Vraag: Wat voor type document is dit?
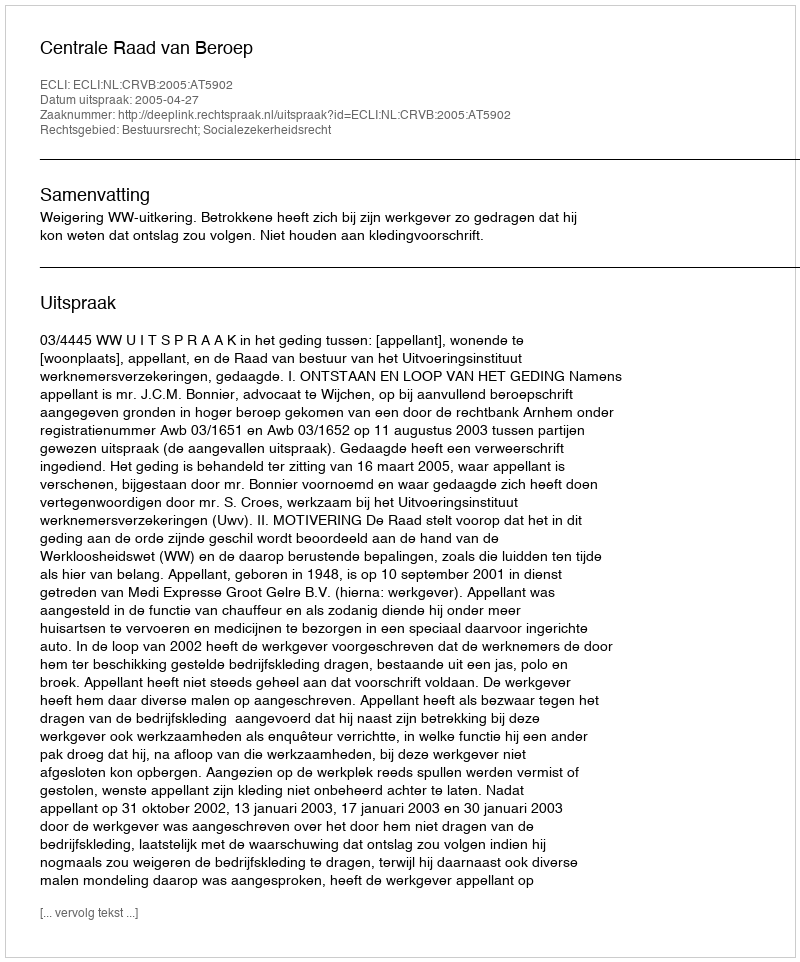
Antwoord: Uitspraak